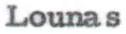
Lounas